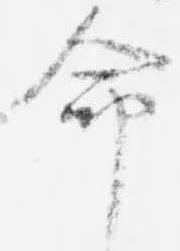
命